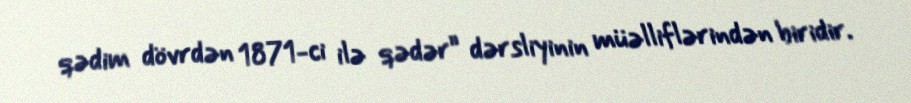
qədim dövrdən 1871-ci ilə qədər” dərsliyinin müəlliflərindən biridir.